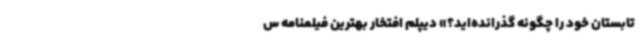
تابستان خود را چگونه گذرانده‌اید؟» دیپلم افتخار بهترین فیلمنامه س